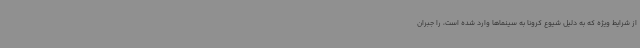
از شرایط ویژه که به دلیل شیوع کرونا به سینماها وارد شده است، را جبران